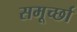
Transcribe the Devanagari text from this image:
समूर्च्छा